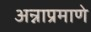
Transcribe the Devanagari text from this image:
अन्नाप्रमाणे